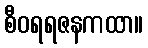
စီဝရရဇနကထာ။